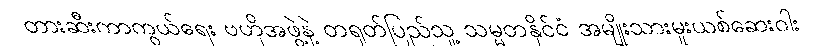
တားဆီးကာကွယ်ရေး ဗဟိုအဖွဲ့နဲ့ တရုတ်ပြည်သူ့ သမ္မတနိုင်ငံ အမျိုးသားမူးယစ်ဆေးဝါး